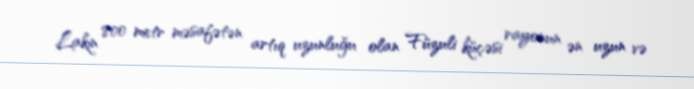
Lakin 800 metr məsafətən artıq uzunluğu olan Füzuli küçəsi rayonun ən uzun və